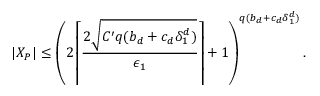
| X _ { P } | \leq \left( 2 \left\lceil \frac { 2 \sqrt { C ^ { \prime } q ( b _ { d } + c _ { d } \delta _ { 1 } ^ { d } ) } } { \epsilon _ { 1 } } \right\rceil + 1 \right) ^ { q ( b _ { d } + c _ { d } \delta _ { 1 } ^ { d } ) } .